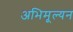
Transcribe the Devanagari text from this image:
अभिमूल्यन